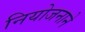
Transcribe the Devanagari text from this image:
नियोजनाने